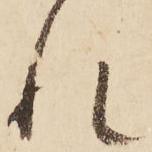
れ